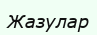
Жазулар